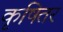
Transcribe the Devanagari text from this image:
कृषितर